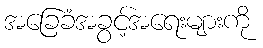
အခြေခံအခွင့်အရေးများကို